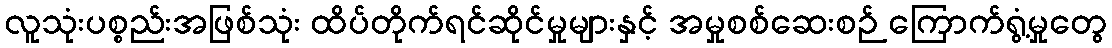
လူသုံးပစ္စည်းအဖြစ်သုံး ထိပ်တိုက်ရင်ဆိုင်မှုများနှင့် အမှုစစ်ဆေးစဉ် ကြောက်ရွံ့မှုတွေ